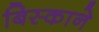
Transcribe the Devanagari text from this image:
बिस्काने